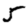
Digit: 5